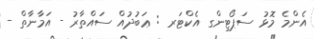
އެންމެ މޮޅު ސަޕޯޓިންގ އެކްޓަރ : ޢަބުދުއް ސައްތާރު - އަމާނާތް -